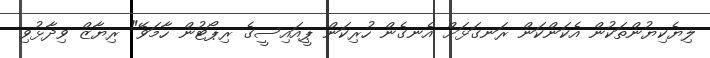
ލިޔެކިޔުންތަކުން އެކަންކަން ރަނގަޅަށް އެނގެން ހުރިކަން ޕީއައިސީގެ ރިޕޯޓުން ހާމަވޭ" ރިޔާޒް ވިދާޅުވި